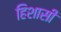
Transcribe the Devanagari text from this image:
हिशासी